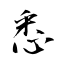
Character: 悉